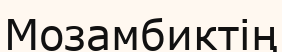
Мозамбиктің